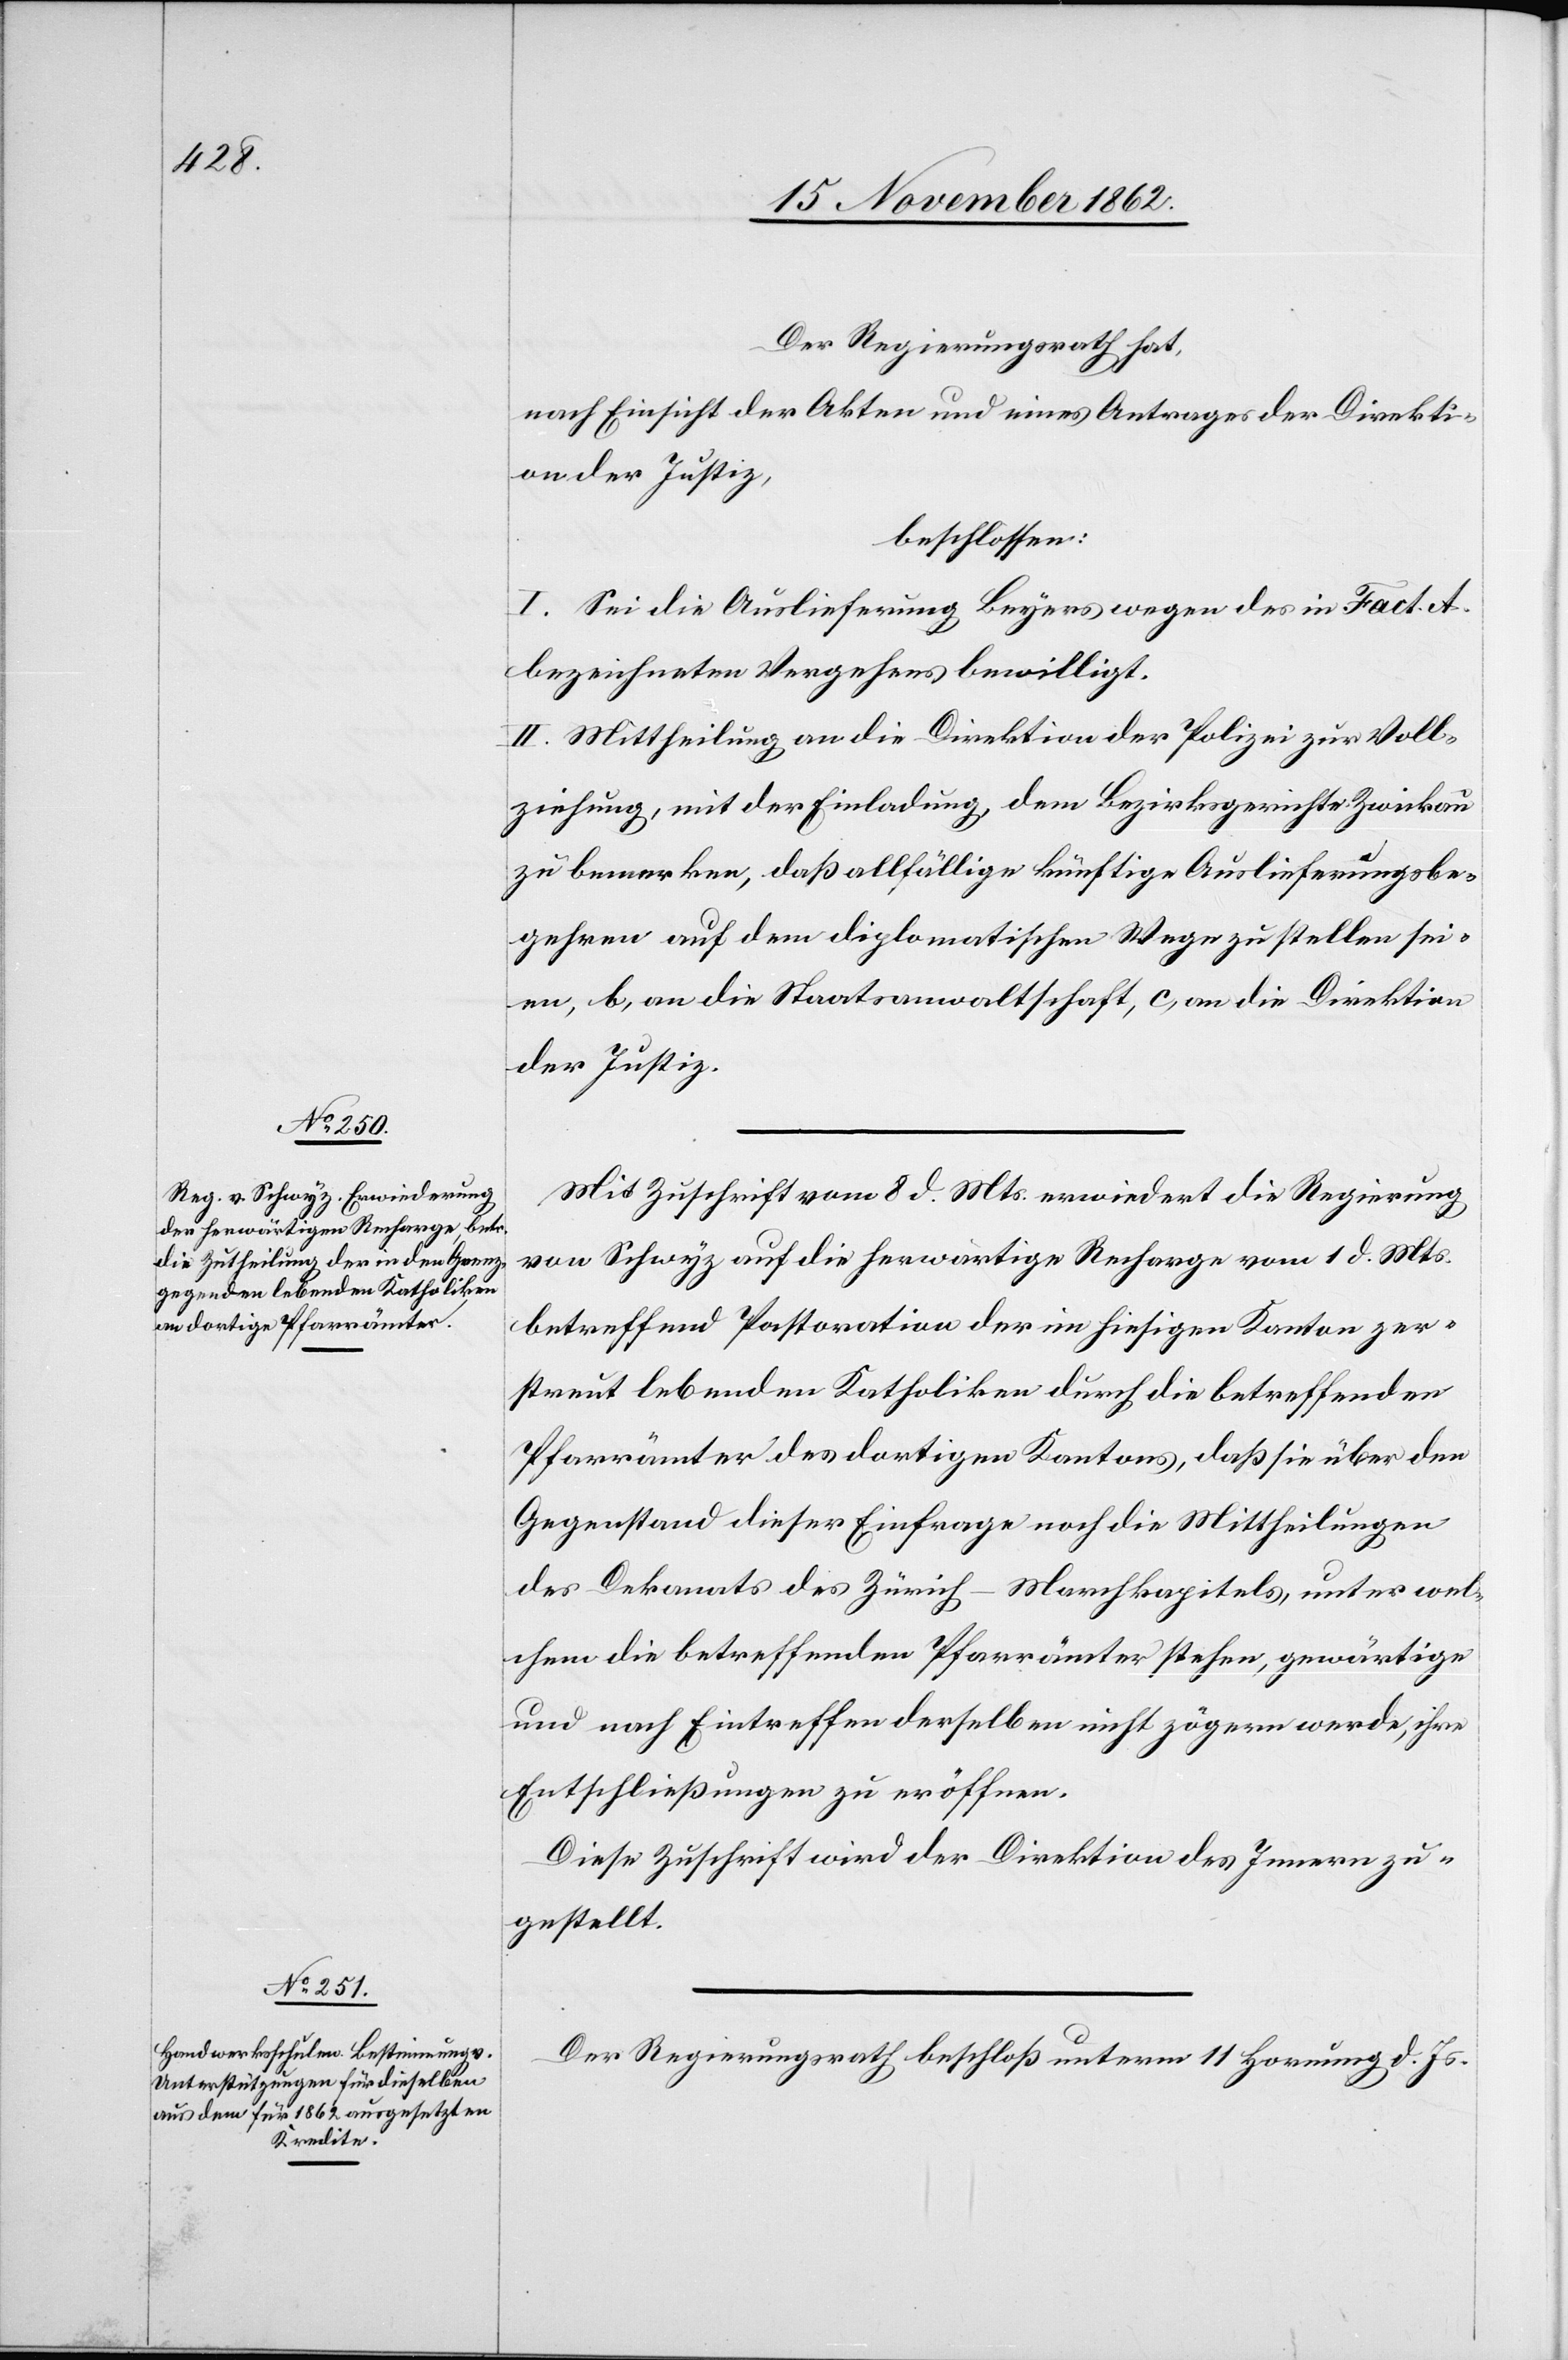
Der Regierungsrath hat,
nach Einsicht der Akten und eines Antrages der Direkti¬
on der Justiz,
beschlossen:
I. Sei die Auslieferung Beyers wegen des in Fact.
bezeichneten Vergehens bewilligt.
II. Mittheilung [a.] an die Direktion der Polizei zur Voll¬
ziehung, mit der Einladung, dem Bezirksgerichte Zwickau
zu bemerken, daß allfällige künftige Auslieferungsbe¬
gehren auf dem diplomatischen Wege zu stellen sei¬
en, b. an die Staatsanwaltschaft, c. an die Direktion
der Justiz.
Mit Zuschrift vom 8. d. Mts. erwiedert die Regierung
von Schwyz auf die herwärtige Recharge vom 1. d. Mts.
betreffend Pastoration der im hiesigen Kanton zer¬
streut lebenden Katholiken durch die betreffenden
Pfarrämter des dortigen Kantons, daß sie über den
Gegenstand dieser Einfrage noch die Mittheilungen
des Dekanats des Zürich-Marschkapitels, unter wel¬
chem die betreffenden Pfarrämter stehen, gewärtige
und nach Eintreffen derselben nicht zögern werde, ihre
Entschließungen zu eröffnen.
Diese Zuschrift wird der Direktion des Innern zu¬
gestellt.
Der Regierungsrath beschloß unterm 11. Hornung d. Js.